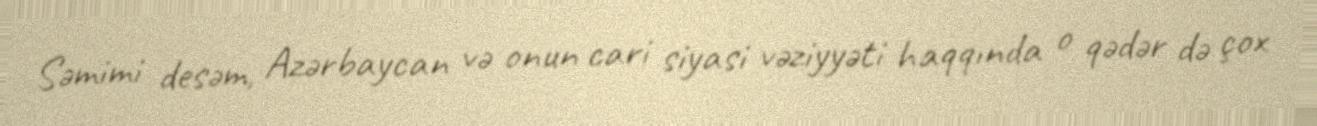
Səmimi desəm, Azərbaycan və onun cari siyasi vəziyyəti haqqında o qədər də çox